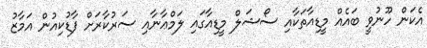
އެކަން ހޫނުވީ ބައެއް މީޑިއާތަކާއި ސޯޝަލް މީޑިއާގައި ލަމްޢާނާއި ސަރުކާރަށް ފާޑުކިއުން އަމާޒު